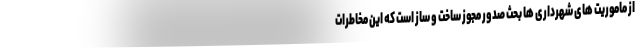
از ماموریت های شهرداری ها بحث صدور مجوز ساخت و ساز است که این مخاطرات